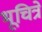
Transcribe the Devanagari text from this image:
भूचित्रे